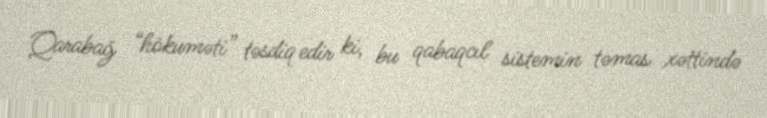
Qarabağ “hökuməti” təsdiq edir ki, bu qabaqcıl sistemin təmas xəttində